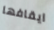
ايقافها